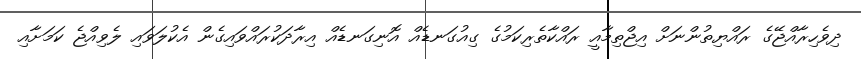
ދިވެހިރާއްޖޭގެ ރައްޔިތުންނަށް އިޖްތިމާއީ ރައްކާތެރިކަމުގެ ގިއުގަނޑެއް އޮނިގަނޑެއް އިރާދަކުރައްވައިގެން އެކުލަވައި ލެވިއްޖެ ކަމަށާއި